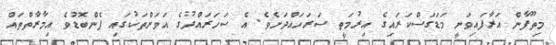
މިތޫފާން އަރާފައިވަނީ މަޑަގަސްކަރައިގެ އިރުމަތީ ސަރަހައްދަށެވެ. އެ ސަހަރައްދުގެ އަވަށްތަކުގައި ފެންބޮޑުވެ އިމާރާތްތައް